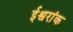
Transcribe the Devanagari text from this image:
ईश्वरांक